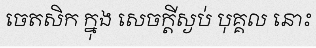
ចេតសិក ក្នុង សេចក្តីស្ងប់ បុគ្គល នោះ